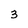
Character: 3